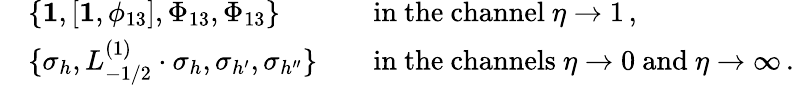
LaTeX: \begin{array}{rlrl}&{\{ \mathbf{1},[\mathbf{1},\phi_{13}],\Phi_{13},\Phi_{13}\} }&&{\mathrm{in~the~channel~}\eta\to 1\, ,}\\ &{\{ \sigma_{h},L_{-1/2}^{(1)}\cdot\sigma_{h},\sigma_{h^{\prime}},\sigma_{h^{\prime\prime}}\} }&&{\mathrm{in~the~channels~}\eta\to 0\mathrm{~and~}\eta\to\infty\, .}\end{array}